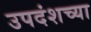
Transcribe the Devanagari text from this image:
उपदंशच्या